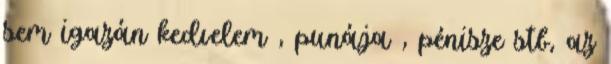
sem igazán kedvelem , punája , pénisze stb, az